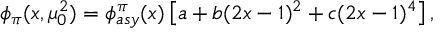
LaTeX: \phi _ { \pi } ( x , \mu _ { 0 } ^ { 2 } ) = \phi _ { a s y } ^ { \pi } ( x ) \left[ a + b ( 2 x - 1 ) ^ { 2 } + c ( 2 x - 1 ) ^ { 4 } \right] ,